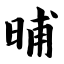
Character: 晡